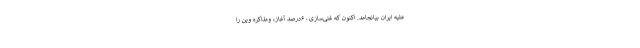
علیه ایران بیانجامد. اکنون که غنی‌سازی۶۰درصد آغاز، ومذاکره وین را